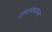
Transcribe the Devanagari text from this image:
दांपत्यभावना